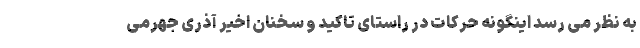
به نظر می رسد اینگونه حرکات در راستای تاکید و سخنان اخیر آذری جهرمی